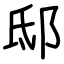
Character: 邸